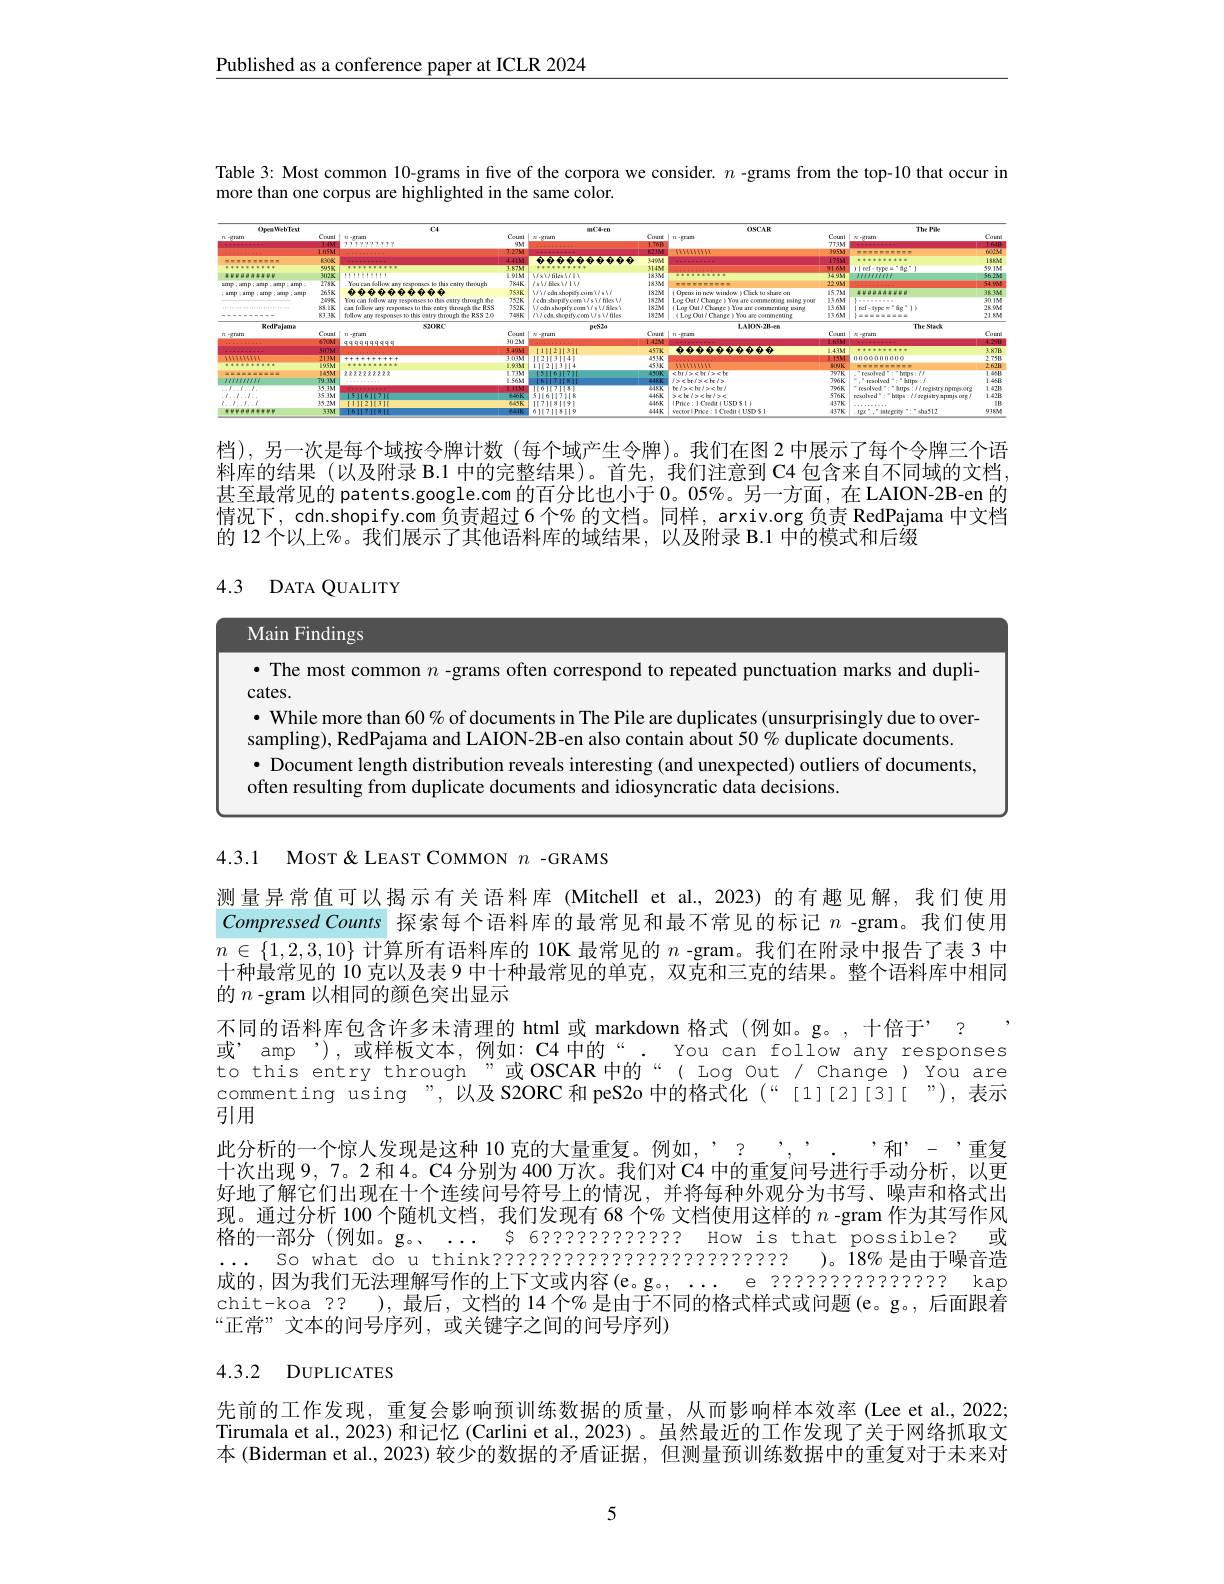
$\underline{\text{Published as a conference paper at ICLR 2024}}$

Table 3: Most common 10-grams in five of the corpora we consider. $n$ -grams from the top-10 that occur in

more than one corpus are highlighted in the same color.

<FigureHere>

档),另一次是每个域按令牌计数(每个域产生令牌)。我们在图 2 中展示了每个令牌三个语料库的结果 (以及附录 B.1 中的完整结果)。首先，我们注意到 C4 包含来自不同域的文档甚至最常见的 patents.google.com 的百分比也小于0。05%。另一方面，在 LAION-2B-en 的情况下，cdn.shopify.com 负责超过6 个% 的文档。同样，arxiv.org 负责 RedPajama 中文档的 12 个以上%。我们展示了其他语料库的域结果，以及附录 B.1 中的模式和后缀

# 4.3 DATA QUALITY

<FigureHere>

4.3.1 MosT & LEAST COMMON $n$ -GRAMS

测量异常值可以揭示有关语料库 (Mitchell et al.,2023)的有趣见解，我们使用Compressed Counts 探索每个语料库的最常见和最不常见的标记$n$ -gram。我们使用$n\in\{1,2,3,10\}$计算所有语料库的 10K 最常见的$n$ -gram。我们在附录中报告了表 3 中十种最常见的10克以及表 9 中十种最常见的单克，双克和三克的结果。整个语料库中相同的$n$ -gram 以相同的颜色突出显示
不同的语料库包含许多未清理的 html 或 markdown 格式 (例如。g。,十倍于” ? $\begin{array}{ll}\text{或’amp’),或样板文本，例如：C4中的“.You can follow any responses}\\\text{to this entry through”或OSCAR 中的“(Log Out/ Change)You are}\end{array}$ commenting using ”, 以及 S2ORC 和 peS2o 中的格式化 (“[1][2][3][ ”), 表示引用
此分析的一个惊人发现是这种 10 克的大量重复。例如，'? ''' 和'- '重复十次出现9，7。2和4。C4分别为 400万次。我们对 C4 中的重复问号进行手动分析，以更好地了解它们出现在十个连续间号符号上的情况，并将每种外观分为书写、噪声和格式出现。通过分析 100 个随机文档，我们发现有 68 个% 文档使用这样的$n$ -gram 作为其写作风格的一部分(例如。g。... $s$ 622222222222 How is that possible? 或$... So what do u think???????????????????????????$ )。18% 是由于噪音造成的，因为我们无法理解写作的上下文或内容(e。g。,.... e ????????????? kap chit-koa ?? ),最后，文档的 14 个% 是由于不同的格式样式或问题(e。g。, 后面跟着“正常”文本的问号序列，或关键字之间的问号序列)

# 4.3.2 DUPLICATES

先前的工作发现，重复会影响预训练数据的质量，从而影响样本效率(Lee et al.,2022; Tirumala et al., 2023) 和记忆 (Carlini et al., 2023) 。虽然最近的工作发现了关于网络抓取文本 (Biderman et al., 2023) 较少的数据的矛盾证据，但测量预训练数据中的重复对于未来对

5